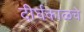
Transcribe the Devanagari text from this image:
दीर्घकाळचे